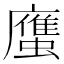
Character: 𲀌